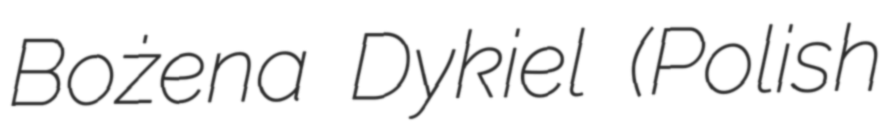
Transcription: Bożena Dykiel (Polish